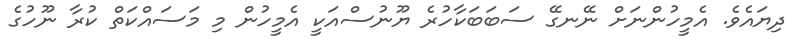
ދިޔައެވެ. އެމީހުންނަށް ނޭނގޭ ސަބަބަކާހުރެ ޔޫނުސްއަކީ އެމީހުން މި މަސައްކަތް ކުރާ ނޫހުގެ